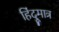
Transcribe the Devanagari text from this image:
हिंदूमात्र